Report on lock hospitals in British Burma
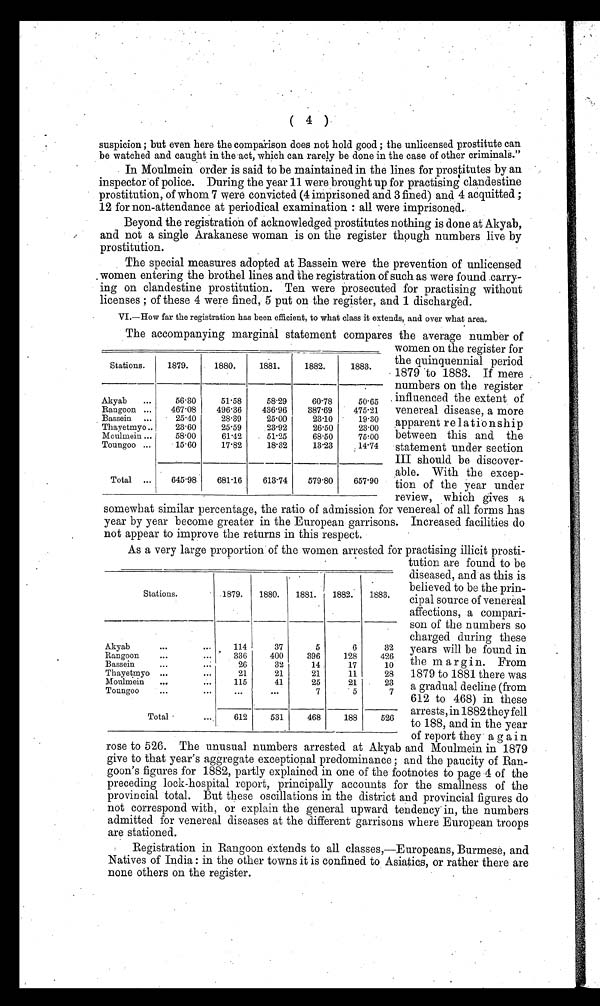
( 4 )
suspicion ; but even here the comparison does not hold good ; the unlicensed prostitute can
be watched and caught in the act, which can rarely be done in the case of other criminals."
In Moulmein order is said to be maintained in the lines for prostitutes by an
inspector of police. During the year 11 were brought up for practising clandestine
prostitution, of whom 7 were convicted (4 imprisoned and 3 fined) and 4 acquitted ;
12 for non-attendance at periodical examination : all were imprisoned.
Beyond the registration of acknowledged prostitutes nothing is done at Akyab,
and not a single Arakanese woman is on the register though numbers live by
prostitution.
The special measures adopted at Bassein were the prevention of unlicensed
women entering the brothel lines and the registration of such as were found carry-
ing on clandestine prostitution. Ten were prosecuted for practising without
licenses ; of these 4 were fined, 5 put on the register, and 1 discharged.
VI.—How far the registration has been efficient, to what class it extends, and over what area.
The accompanying marginal statement compares the average number of
women on the register for
the quinquennial period
1879 to 1883. If mere
numbers on the register
influenced the extent of
venereal disease, a more
apparent relationship
between this and the
statement under section
III should be discover-
able. With the excep-
tion of the year under
review, which gives a
somewhat similar percentage, the ratio of admission for venereal of all forms has
year by year become greater in the European garrisons. Increased facilities do
not appear to improve the returns in this respect.
As a very large proportion of the women arrested for practising illicit prosti-
tution are found to be
diseased, and as this is
believed to be the prin-
cipal source of venereal
affections, a compari-
son of the numbers so
charged during these
years will be found in
the margin. From
1879 to 1881 there was
a gradual decline (from
612 to 468) in these
arrests, in 1882 they fell
to 188, and in the year
of report they again
rose to 526. The unusual numbers arrested at Akyab and Moulmein in 1879
give to that year's aggregate exceptional predominance ; and the paucity of Ran-
goon's figures for 1882, partly explained in one of the footnotes to page 4 of the
preceding lock-hospital report, principally accounts for the smallness of the
provincial total. But these oscillations in the district and provincial figures do
not correspond with, or explain the general upward tendency in, the numbers
admitted for venereal diseases at the different garrisons where European troops
are stationed.
Registration in Rangoon extends to all classes,—Europeans, Burmese, and
Natives of India : in the other towns it is confined to Asiatics, or rather there are
none others on the register.
Stations.
1879.
1880.
1881.
1882.
1883.
Akyab
...
56.30
51.58
58.29
60.78
50.65
Rangoon ...
467.08
496.36
436.96
387.69
475.21
Bassein ...
25.40
28.39
25.00
23.10
19.30
Thayetmyo..
23.60
25.59
23.92
26.50
23.00
Moulmein ...
58.00
61.42
51.25
68.50
75.00
Toungoo ...
15.60
17.82
18.32
13.23
14.74
Total ...
645.98
681.16
613.74
579.80
657.90
Stations. .1879.
1880.
1881.
1882.
1883.
Akyab
...
...
114
37
5
6
32
Rangoon
...
...
336
400
396
128
426
Bassein...
2 6
32
14
17
10
Thayetmyo
...
...
21
21
21
11
28
Moulmein
...
...
115
41
25
21
23
Toungoo
...
...
...
...
7
5
7
Total
...
612
531
468
188
526